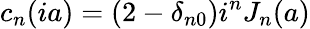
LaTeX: c_{n}(ia)=(2-\delta_{n0})i^{n}J_{n}(a)